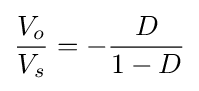
{\frac {V_{o}}{V_{s}}}=-{\frac {D}{1-D}}